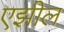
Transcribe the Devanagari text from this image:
एझील